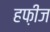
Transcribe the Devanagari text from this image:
हफ़ीज